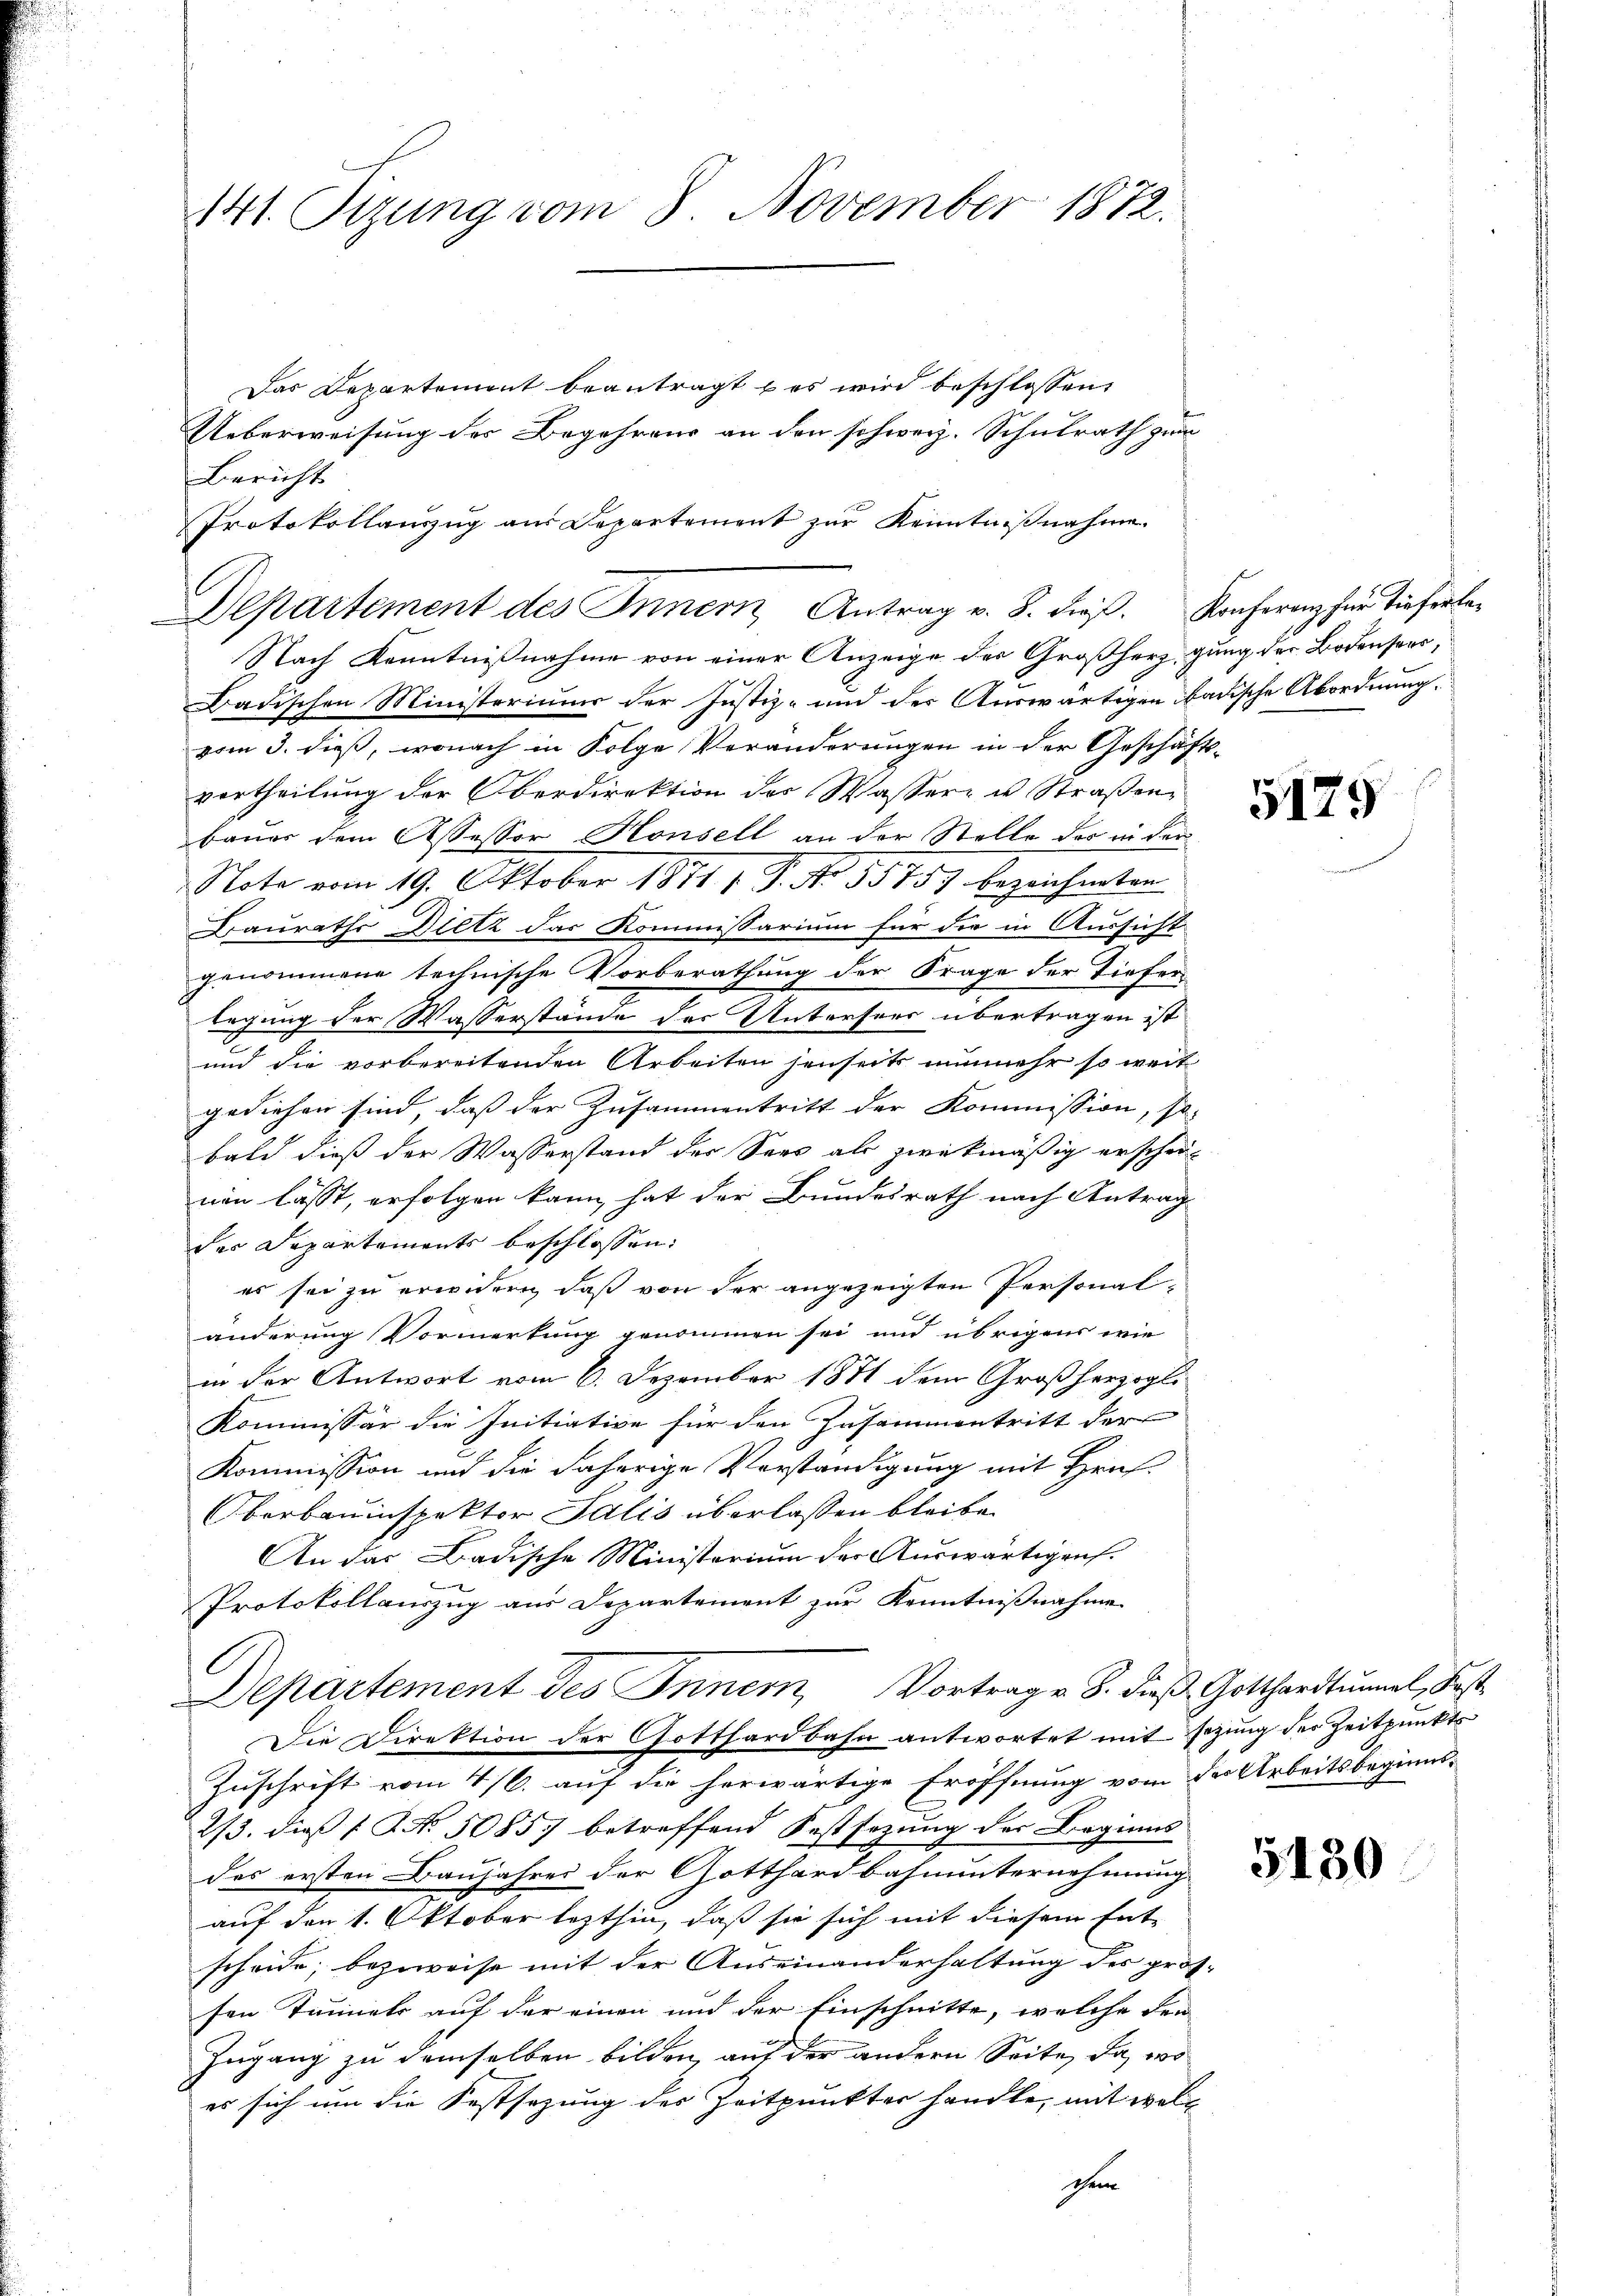
141. Sizung vom 8. November 1872.

Das Departement beantragt u es wird beschlossen
Ueberweisung des Begehrens an den schweiz. Schulrath zum
Bericht
Protokollauszug aus Departement zur Kenntnißnahme.

Departement des Innern, Antrag v. 8. dieß.
Nach Kenntnißnahme von einer Anzeige des Großherzigung der Bodenseer¬

Badischen Ministeriums der Justiz- und der Auswärtigen badische Abordnung.
vom 3. dieß, wonach in Folge Veränderungen in der Geschäftsvortheilung der Oberdirektion des Wassere u Straßen
bauer dem Assessor Honsell an der Stelle der in der
Note vom 19. Oktober 1871 1 S. No. 55757 bezeichneten
Bauraths Dietz das Kommissarium für die in Aussicht
genommene technische Vorberathung der Frage der Tiefer
legung der Wasserstände des Untersees übertragen ist
und die vorbereitenden Arbeiten jenseits nunmehr so weit
gediehen sind, dass der Zusammentritt der Kommission, so
bald dies der Wasserstand der Sees als zwekmäßig erschei-
nen lässt, erfolgen kann, hat der Bundesrath nach Antrag
des Departements beschlossen:
es sei zu erwidern, daß von der angezeigten Personal-
änderung Vormerkung genommen sei und übrigens wie
in der Antwort vom 6. Dezember 1871 dem Großherzogli
Kommissär die Initiative für den Zusammentritt der
Kommission und die jährige Verständigung mit Hrn.
Oberbauinspektor Salis überlassen bleibe.
An das Badische Ministerium der Auswärtigens.
f
Protokollauszug aus Departement zur Kenntnißnahme
Departement des Inner Vortrag v. 8. dieβ Gotthardtŭnal, Fest
Die Direktion der Gotthardbahn antwortet mit sezung der Zeitpunkts
Zuschrift vom 4/6. auf die herwärtige Eröffnung vom der Arbeitsbeginns¬
2/3. dieß 1 No 5085 betreffend Festsezung des Beginns
des ersten Baujahres der Gotthardbahnunternehmung
auf den 1. Oktober lezthin, daß sie sich mit diesem Ent-
scheide, bezweise mit der Auseinanderhaltung des grossen Tunnels auf der einen und der Einschnitte, welche den
Ingang zu demselben bilden, auf der andern Seite, da, wo
es sich um die Festsezung der Zeitpunkter handle, mit welschen

Konferenz für Tieferle¬

5179

5130